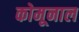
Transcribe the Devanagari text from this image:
कोमूनाल